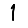
Digit: 1